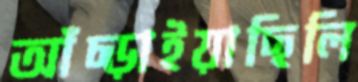
আঁচ্‌ড়াইয়াছিলি